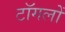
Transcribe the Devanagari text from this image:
टॉगलों